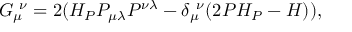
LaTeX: G _ { \mu } ^ { ~ \nu } = 2 ( { \cal H } _ { P } P _ { \mu \lambda } P ^ { \nu \lambda } - \delta _ { \mu } ^ { ~ \nu } ( 2 P { \cal H } _ { P } - { \cal H } ) ) ,